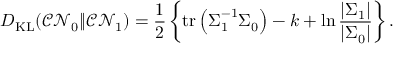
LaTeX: D _ { \mathrm { K L } } ( { \mathcal { C N } } _ { 0 } \| { \mathcal { C N } } _ { 1 } ) = { \frac { 1 } { 2 } } \left\{ \operatorname { t r } \left( { \boldsymbol { \Sigma } } _ { 1 } ^ { - 1 } { \boldsymbol { \Sigma } } _ { 0 } \right) - k + \ln { \frac { | { \boldsymbol { \Sigma } } _ { 1 } | } { | { \boldsymbol { \Sigma } } _ { 0 } | } } \right\} .